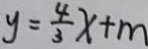
y = \frac { 4 } { 3 } x + m